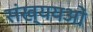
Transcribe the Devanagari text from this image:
संख्ययओं